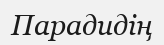
Парадидің